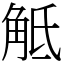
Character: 觝